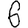
Digit: 6